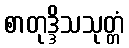
စာတုဒ္ဒိသသုတ္တံ